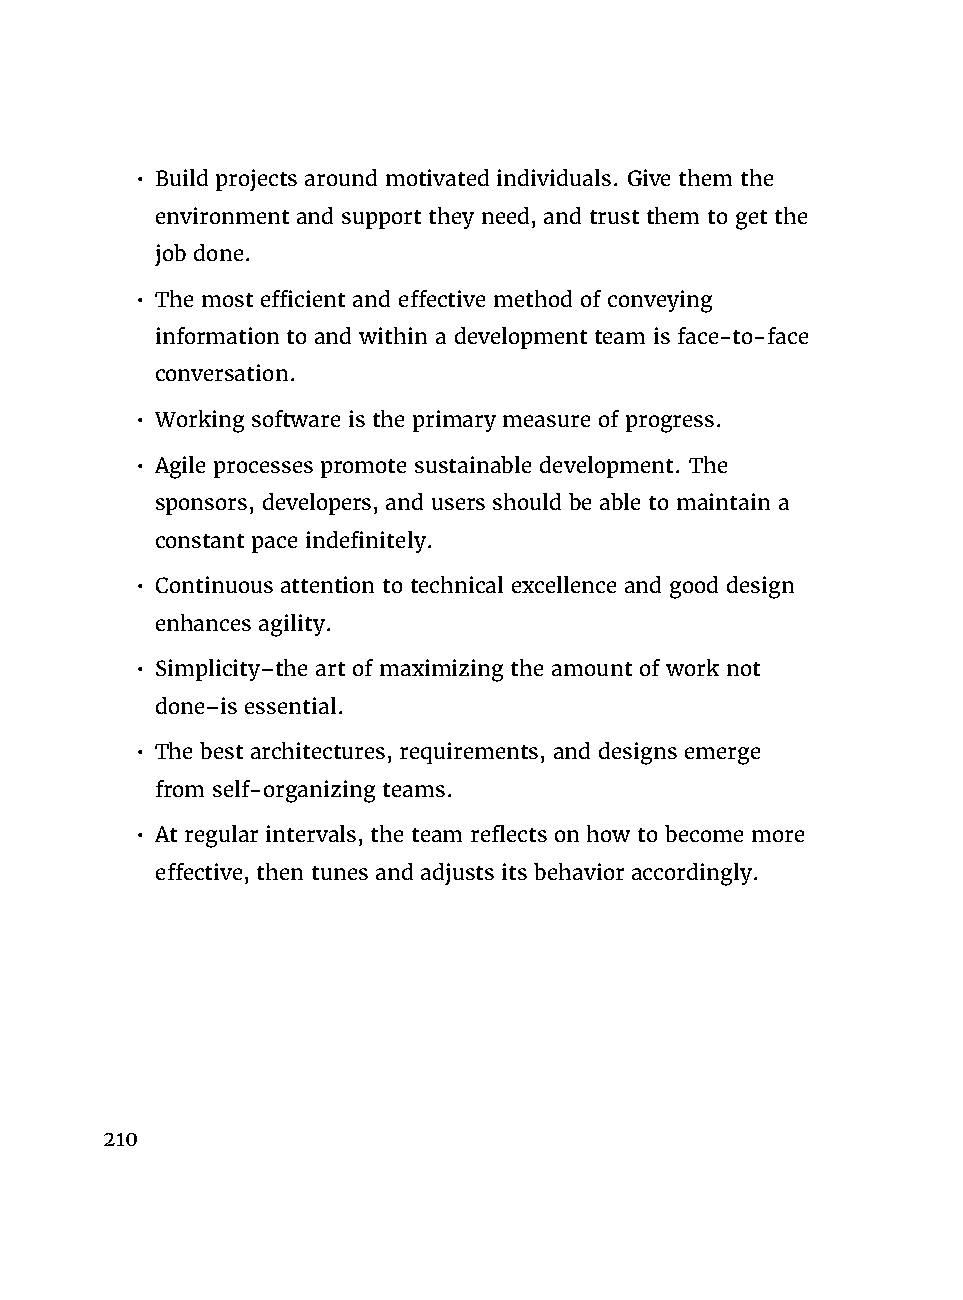
• Build projects around motivated individuals. Give them the
 environment and support they need, and trust them to get the
 job done.
 • The most efficient and effective method of conveying
 information to and within a development team is face-to-face
 conversation.
 • Working software is the primary measure of progress.
 • Agile processes promote sustainable development. The
 sponsors, developers, and users should be able to maintain a
 constant pace indefinitely.
 • Continuous attention to technical excellence and good design
 enhances agility.
 • Simplicity–the art of maximizing the amount of work not
 done–is essential.
 • The best architectures, requirements, and designs emerge
 from self-organizing teams.
 • At regular intervals, the team reflects on how to become more
 effective, then tunes and adjusts its behavior accordingly.
 210